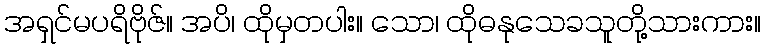
အရှင်မပရိဗိုဇ်။ အပိ၊ ထိုမှတပါး။ သော၊ ထိုဓနုသေခသူတို့သားကား။